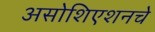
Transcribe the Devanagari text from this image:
असोशिएशनचे